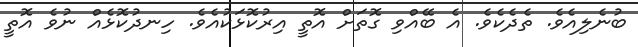
ބުނެލިއެވެ. ތެދެކެވެ. އެ ބޭއްވި ގޮތަށް އޮތީ އިރުކޮޅަކުއެވެ. ހިނދުކޮޅެއް ނުވެ އޮތީ